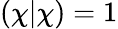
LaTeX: (\chi|\chi)=1